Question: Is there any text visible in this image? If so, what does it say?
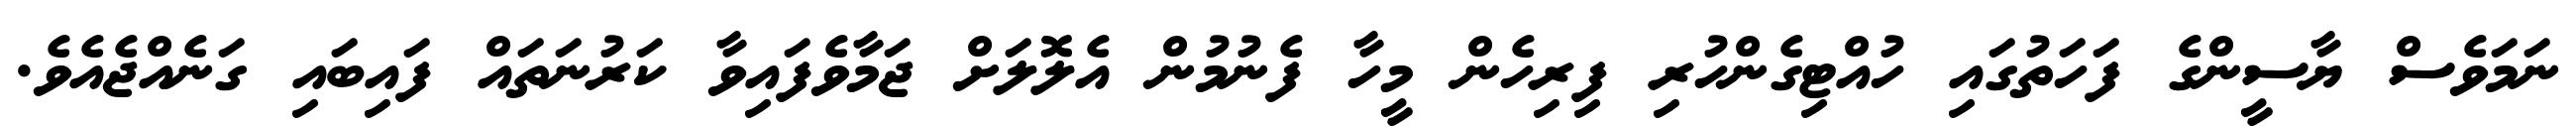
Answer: ނަމަވެސް ޔާސީންގެ ފަހަތުގައި ހުއްޓިގެންހުރި ފިރިހެން މީހާ ފެނުމުން އެލޮލަށް ޖަމާވެފައިވާ ކަރުނަތައް ފައިބައި ގަނެއްޖެއެވެ.